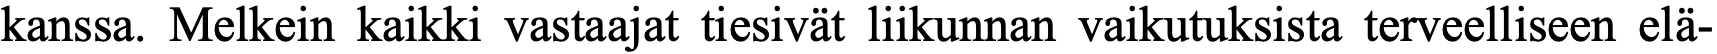
kanssa. Melkein kaikki vastaajat tiesivät liikunnan vaikutuksista terveelliseen elä-